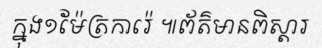
ក្នុង១ម៉ែត្រការ៉េ ៕ព័ត៌មានពិស្តារ